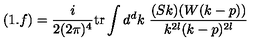
( 1 . f ) = \frac { i } { 2 ( 2 \pi ) ^ { 4 } } \mathrm { t r } \int d ^ { d } k \ \frac { ( S k ) ( W ( k - p ) ) } { k ^ { 2 l } ( k - p ) ^ { 2 l } }